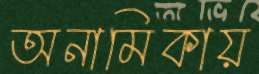
অনামিকায়